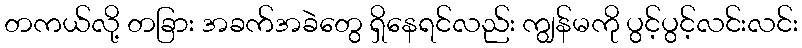
တကယ်လို့ တခြား အခက်အခဲတွေ ရှိနေရင်လည်း ကျွန်မကို ပွင့်ပွင့်လင်းလင်း